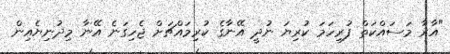
"އާރާ މަސައްކަތް ފުރިހަމަ ކުރިޔަ ނުދީ އޭނާގެ ކުރިމައްޗަށް ޖެހިގަނެ އޭނާ މިދުނިޔެއިން